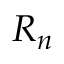
R _ { n }